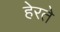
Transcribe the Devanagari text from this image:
हेरते